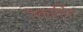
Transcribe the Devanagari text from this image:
रेकार्डिग